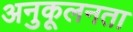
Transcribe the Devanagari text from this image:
अनुकूलनता